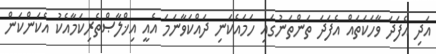
އަދި އެފަދަ ވާހަކަތައް އެފަދަ ތަންތަނުގައި ހަމައެކަނި ދައްކަވާނަމަ އެއީ އިޚްލާޞްތެރިކަމާއެކު އެކަންކަން